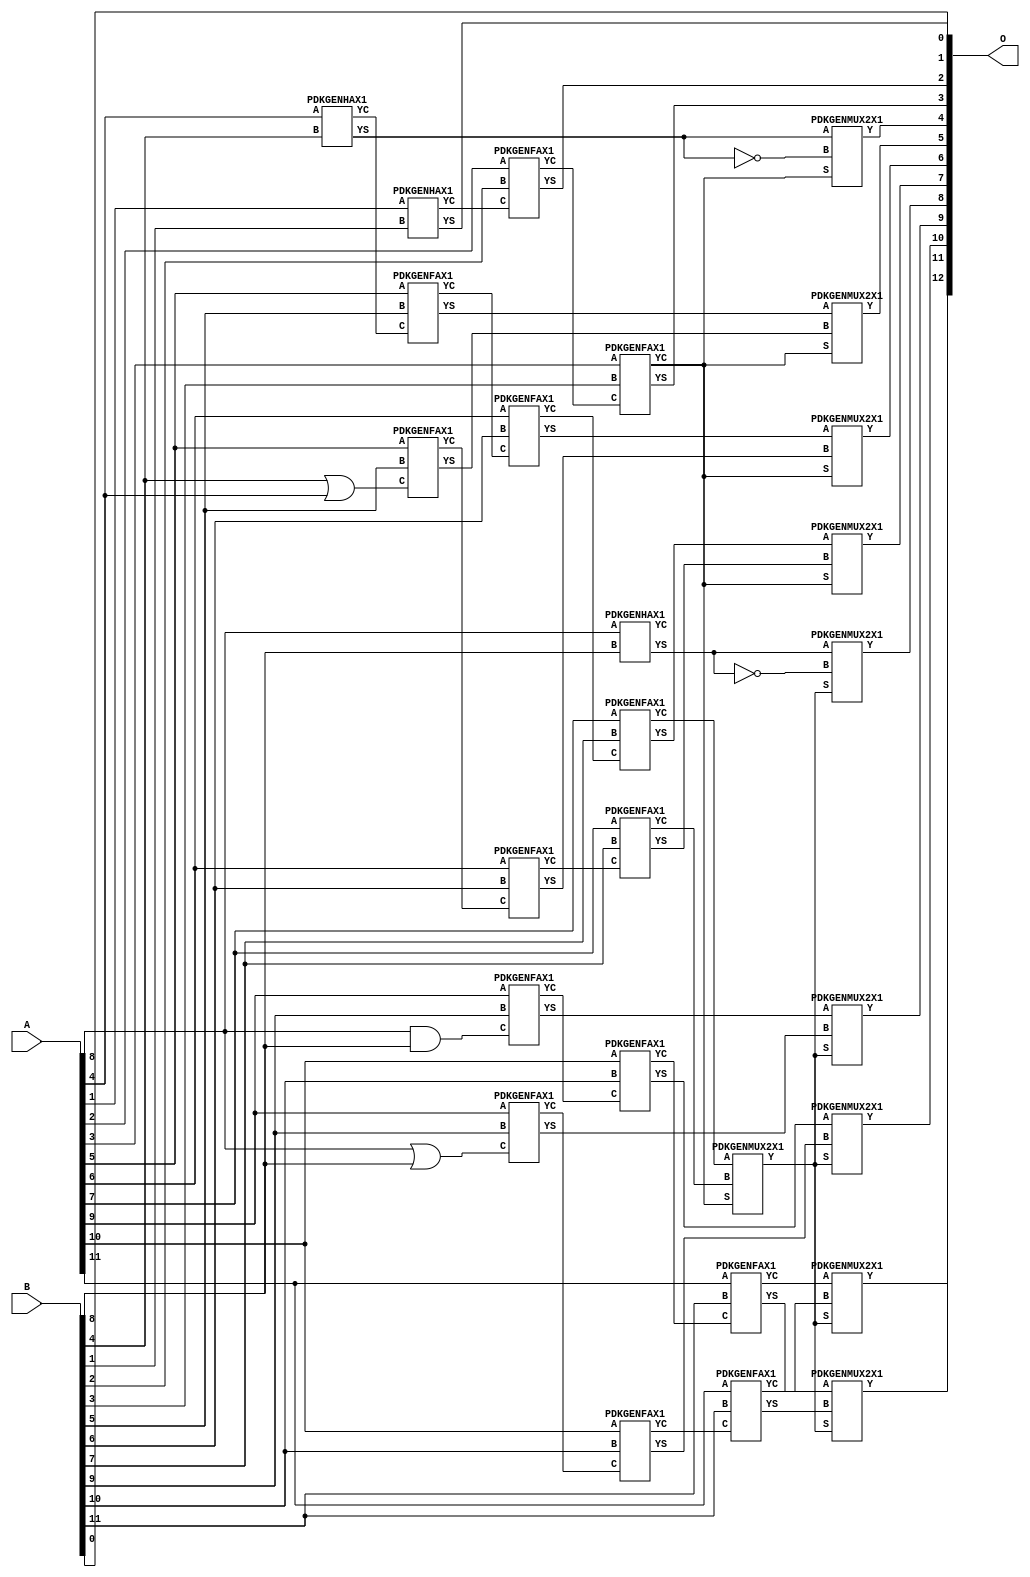
/***
* This code is a part of EvoApproxLib library (ehw.fit.vutbr.cz/approxlib) distributed under The MIT License.
* When used, please cite the following article(s): PRABAKARAN B. S., MRAZEK V., VASICEK Z., SEKANINA L., SHAFIQUE M. ApproxFPGAs: Embracing ASIC-based Approximate Arithmetic Components for FPGA-Based Systems. DAC 2020. 
***/
// MAE% = 0.0061 %
// MAE = 0.5 
// WCE% = 0.012 %
// WCE = 1.0 
// WCRE% = 100.00 %
// EP% = 50.00 %
// MRE% = 0.017 %
// MSE = 0.5 
// FPGA_POWER = 0.44
// FPGA_DELAY = 8.0
// FPGA_LUT = 15

module add12u_1DL(A, B, O);
  input [11:0] A, B;
  output [12:0] O;
  wire n_543, n_542, n_707, n_258, n_45, n_44, n_47, n_46, n_41, n_40;
  wire n_43, n_42, n_824, n_752, n_143, n_142, n_776, n_777, n_706, n_400;
  wire n_30, n_31, n_32, n_33, n_34, n_35, n_36, n_37, n_38, n_39;
  wire n_494, n_70, n_119, n_23, n_22, n_21, n_20, n_27, n_26, n_25;
  wire n_24, n_29, n_28, n_659, n_658, n_636, n_424, n_425, n_189, n_188;
  wire n_2, n_18, n_19, n_16, n_17, n_14, n_3, n_12, n_13, n_10;
  wire n_11, n_94, n_95, n_330, n_331, n_352, n_353, n_589, n_588, n_15;
  wire n_730, n_731, n_448, n_612, n_118, n_71, n_213, n_212, n_565, n_564;
  wire n_376, n_377, n_800, n_682, n_683, n_165, n_164, n_282, n_283, n_518;
  wire n_519, n_8, n_9, n_4, n_5, n_6, n_7, n_0, n_1, n_307;
  wire n_306, n_471, n_470;
  assign n_0 = A[0];
  assign n_1 = A[0];
  assign n_2 = A[1];
  assign n_3 = A[1];
  assign n_4 = A[2];
  assign n_5 = A[2];
  assign n_6 = A[3];
  assign n_7 = A[3];
  assign n_8 = A[4];
  assign n_9 = A[4];
  assign n_10 = A[5];
  assign n_11 = A[5];
  assign n_12 = A[6];
  assign n_13 = A[6];
  assign n_14 = A[7];
  assign n_15 = A[7];
  assign n_16 = A[8];
  assign n_17 = A[8];
  assign n_18 = A[9];
  assign n_19 = A[9];
  assign n_20 = A[10];
  assign n_21 = A[10];
  assign n_22 = A[11];
  assign n_23 = A[11];
  assign n_24 = B[0];
  assign n_25 = B[0];
  assign n_26 = B[1];
  assign n_27 = B[1];
  assign n_28 = B[2];
  assign n_29 = B[2];
  assign n_30 = B[3];
  assign n_31 = B[3];
  assign n_32 = B[4];
  assign n_33 = B[4];
  assign n_34 = B[5];
  assign n_35 = B[5];
  assign n_36 = B[6];
  assign n_37 = B[6];
  assign n_38 = B[7];
  assign n_39 = B[7];
  assign n_40 = B[8];
  assign n_41 = B[8];
  assign n_42 = B[9];
  assign n_43 = B[9];
  assign n_44 = B[10];
  assign n_45 = B[10];
  assign n_46 = B[11];
  assign n_47 = B[11];
  PDKGENHAX1 tmp59(.YS(n_70), .YC(n_71), .A(n_2), .B(n_26));
  PDKGENFAX1 tmp60(.YS(n_94), .YC(n_95), .A(n_4), .B(n_28), .C(n_71));
  PDKGENFAX1 tmp61(.YS(n_118), .YC(n_119), .A(n_6), .B(n_30), .C(n_95));
  PDKGENHAX1 tmp62(.YS(n_142), .YC(n_143), .A(n_8), .B(n_32));
  PDKGENFAX1 tmp63(.YS(n_164), .YC(n_165), .A(n_10), .B(n_34), .C(n_143));
  PDKGENFAX1 tmp64(.YS(n_188), .YC(n_189), .A(n_12), .B(n_36), .C(n_165));
  PDKGENFAX1 tmp65(.YS(n_212), .YC(n_213), .A(n_14), .B(n_38), .C(n_189));
  assign n_258 = ~n_142;
  assign n_282 = n_32 | n_8;
  assign n_283 = n_282;
  PDKGENFAX1 tmp69(.YS(n_306), .YC(n_307), .A(n_10), .B(n_34), .C(n_283));
  PDKGENFAX1 tmp70(.YS(n_330), .YC(n_331), .A(n_12), .B(n_36), .C(n_307));
  PDKGENFAX1 tmp71(.YS(n_352), .YC(n_353), .A(n_14), .B(n_38), .C(n_331));
  PDKGENMUX2X1 tmp72(.Y(n_376), .A(n_142), .B(n_258), .S(n_119));
  assign n_377 = n_376;
  PDKGENMUX2X1 tmp74(.Y(n_400), .A(n_164), .B(n_306), .S(n_119));
  PDKGENMUX2X1 tmp75(.Y(n_424), .A(n_188), .B(n_330), .S(n_119));
  assign n_425 = n_424;
  PDKGENMUX2X1 tmp77(.Y(n_448), .A(n_212), .B(n_352), .S(n_119));
  PDKGENMUX2X1 tmp78(.Y(n_470), .A(n_213), .B(n_353), .S(n_119));
  assign n_471 = n_470;
  assign n_494 = n_16 & n_40;
  PDKGENFAX1 tmp81(.YS(n_518), .YC(n_519), .A(n_18), .B(n_42), .C(n_494));
  PDKGENFAX1 tmp82(.YS(n_542), .YC(n_543), .A(n_20), .B(n_44), .C(n_519));
  PDKGENFAX1 tmp83(.YS(n_564), .YC(n_565), .A(n_22), .B(n_46), .C(n_543));
  PDKGENHAX1 tmp84(.YS(n_588), .YC(n_589), .A(n_16), .B(n_40));
  assign n_612 = ~n_588;
  assign n_636 = n_16 | n_40;
  PDKGENFAX1 tmp87(.YS(n_658), .YC(n_659), .A(n_18), .B(n_42), .C(n_636));
  PDKGENFAX1 tmp88(.YS(n_682), .YC(n_683), .A(n_20), .B(n_44), .C(n_659));
  PDKGENFAX1 tmp89(.YS(n_706), .YC(n_707), .A(n_22), .B(n_46), .C(n_683));
  PDKGENMUX2X1 tmp90(.Y(n_730), .A(n_588), .B(n_612), .S(n_471));
  assign n_731 = n_730;
  PDKGENMUX2X1 tmp92(.Y(n_752), .A(n_518), .B(n_658), .S(n_470));
  PDKGENMUX2X1 tmp93(.Y(n_776), .A(n_542), .B(n_682), .S(n_471));
  assign n_777 = n_776;
  PDKGENMUX2X1 tmp95(.Y(n_800), .A(n_564), .B(n_706), .S(n_470));
  PDKGENMUX2X1 tmp96(.Y(n_824), .A(n_565), .B(n_707), .S(n_471));
  assign O[0] = n_24;
  assign O[1] = n_70;
  assign O[2] = n_94;
  assign O[3] = n_118;
  assign O[4] = n_377;
  assign O[5] = n_400;
  assign O[6] = n_425;
  assign O[7] = n_448;
  assign O[8] = n_731;
  assign O[9] = n_752;
  assign O[10] = n_777;
  assign O[11] = n_800;
  assign O[12] = n_824;
endmodule

/* mod */
module PDKGENFAX1( input A, input B, input C, output YS, output YC );
    assign YS = (A ^ B) ^ C;
    assign YC = (A & B) | (B & C) | (A & C);
endmodule
/* mod */
module PDKGENMUX2X1( input A, input B, input S, output Y );
    assign Y = (A & ~S) | (B & S);
endmodule
/* mod */
module PDKGENHAX1( input A, input B, output YS, output YC );
    assign YS = A ^ B;
    assign YC = A & B;
endmodule